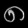
Digit: ၈